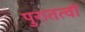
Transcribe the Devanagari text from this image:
पुरातत्वों